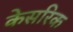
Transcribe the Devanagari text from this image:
केसरिक